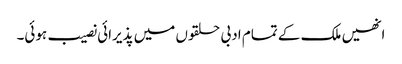
انھیں ملک کے تمام ادبی حلقوں میں پذیرائی نصیب ہوئی۔